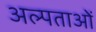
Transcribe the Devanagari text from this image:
अल्पताओं